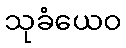
သုခံယေဝ